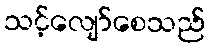
သင့်လျော်စေသည်